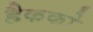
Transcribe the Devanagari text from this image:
हैकको